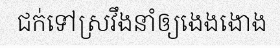
ជក់ទៅស្រវឹងនាំឲ្យងេងងោង